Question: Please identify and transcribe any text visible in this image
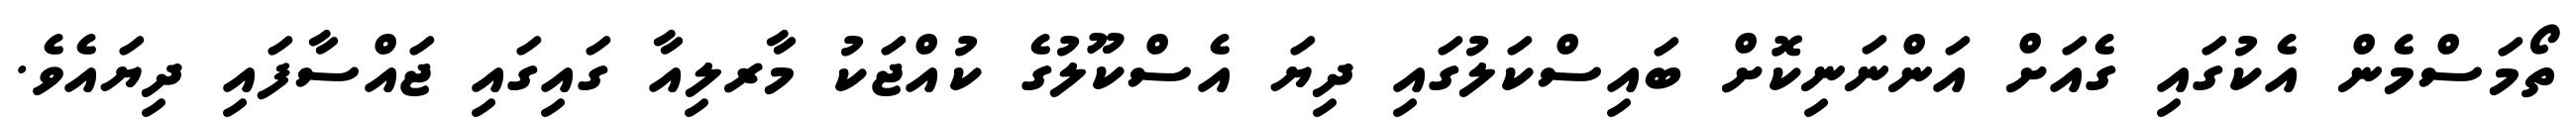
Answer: ތޯމަސްމެން އެކުގައި ގެއަށް އަންނަނިކޮށް ބައިސްކަލުގައި ދިޔަ އެސްކޫލުގެ ކުއްޖަކު މާރލިއާ ގައިގައި ޖައްސާފައި ދިޔައެވެ.